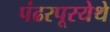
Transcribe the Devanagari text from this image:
पंढरपूरयेथे